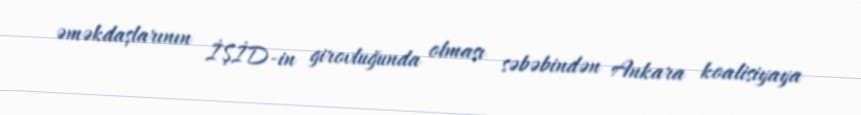
əməkdaşlarının İŞİD-in girovluğunda olması səbəbindən Ankara koalisiyaya